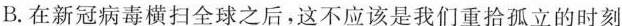
B.在新冠病毒横扫全球之后，这不应该是我们重拾孤立的时刻